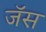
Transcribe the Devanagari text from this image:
जॅस